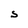
Character: S